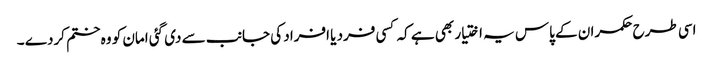
اسی طرح حکمران کے پاس یہ اختیار بھی ہے کہ کسی فرد یا افراد کی جانب سے دی گئی امان کو وہ ختم کردے ۔